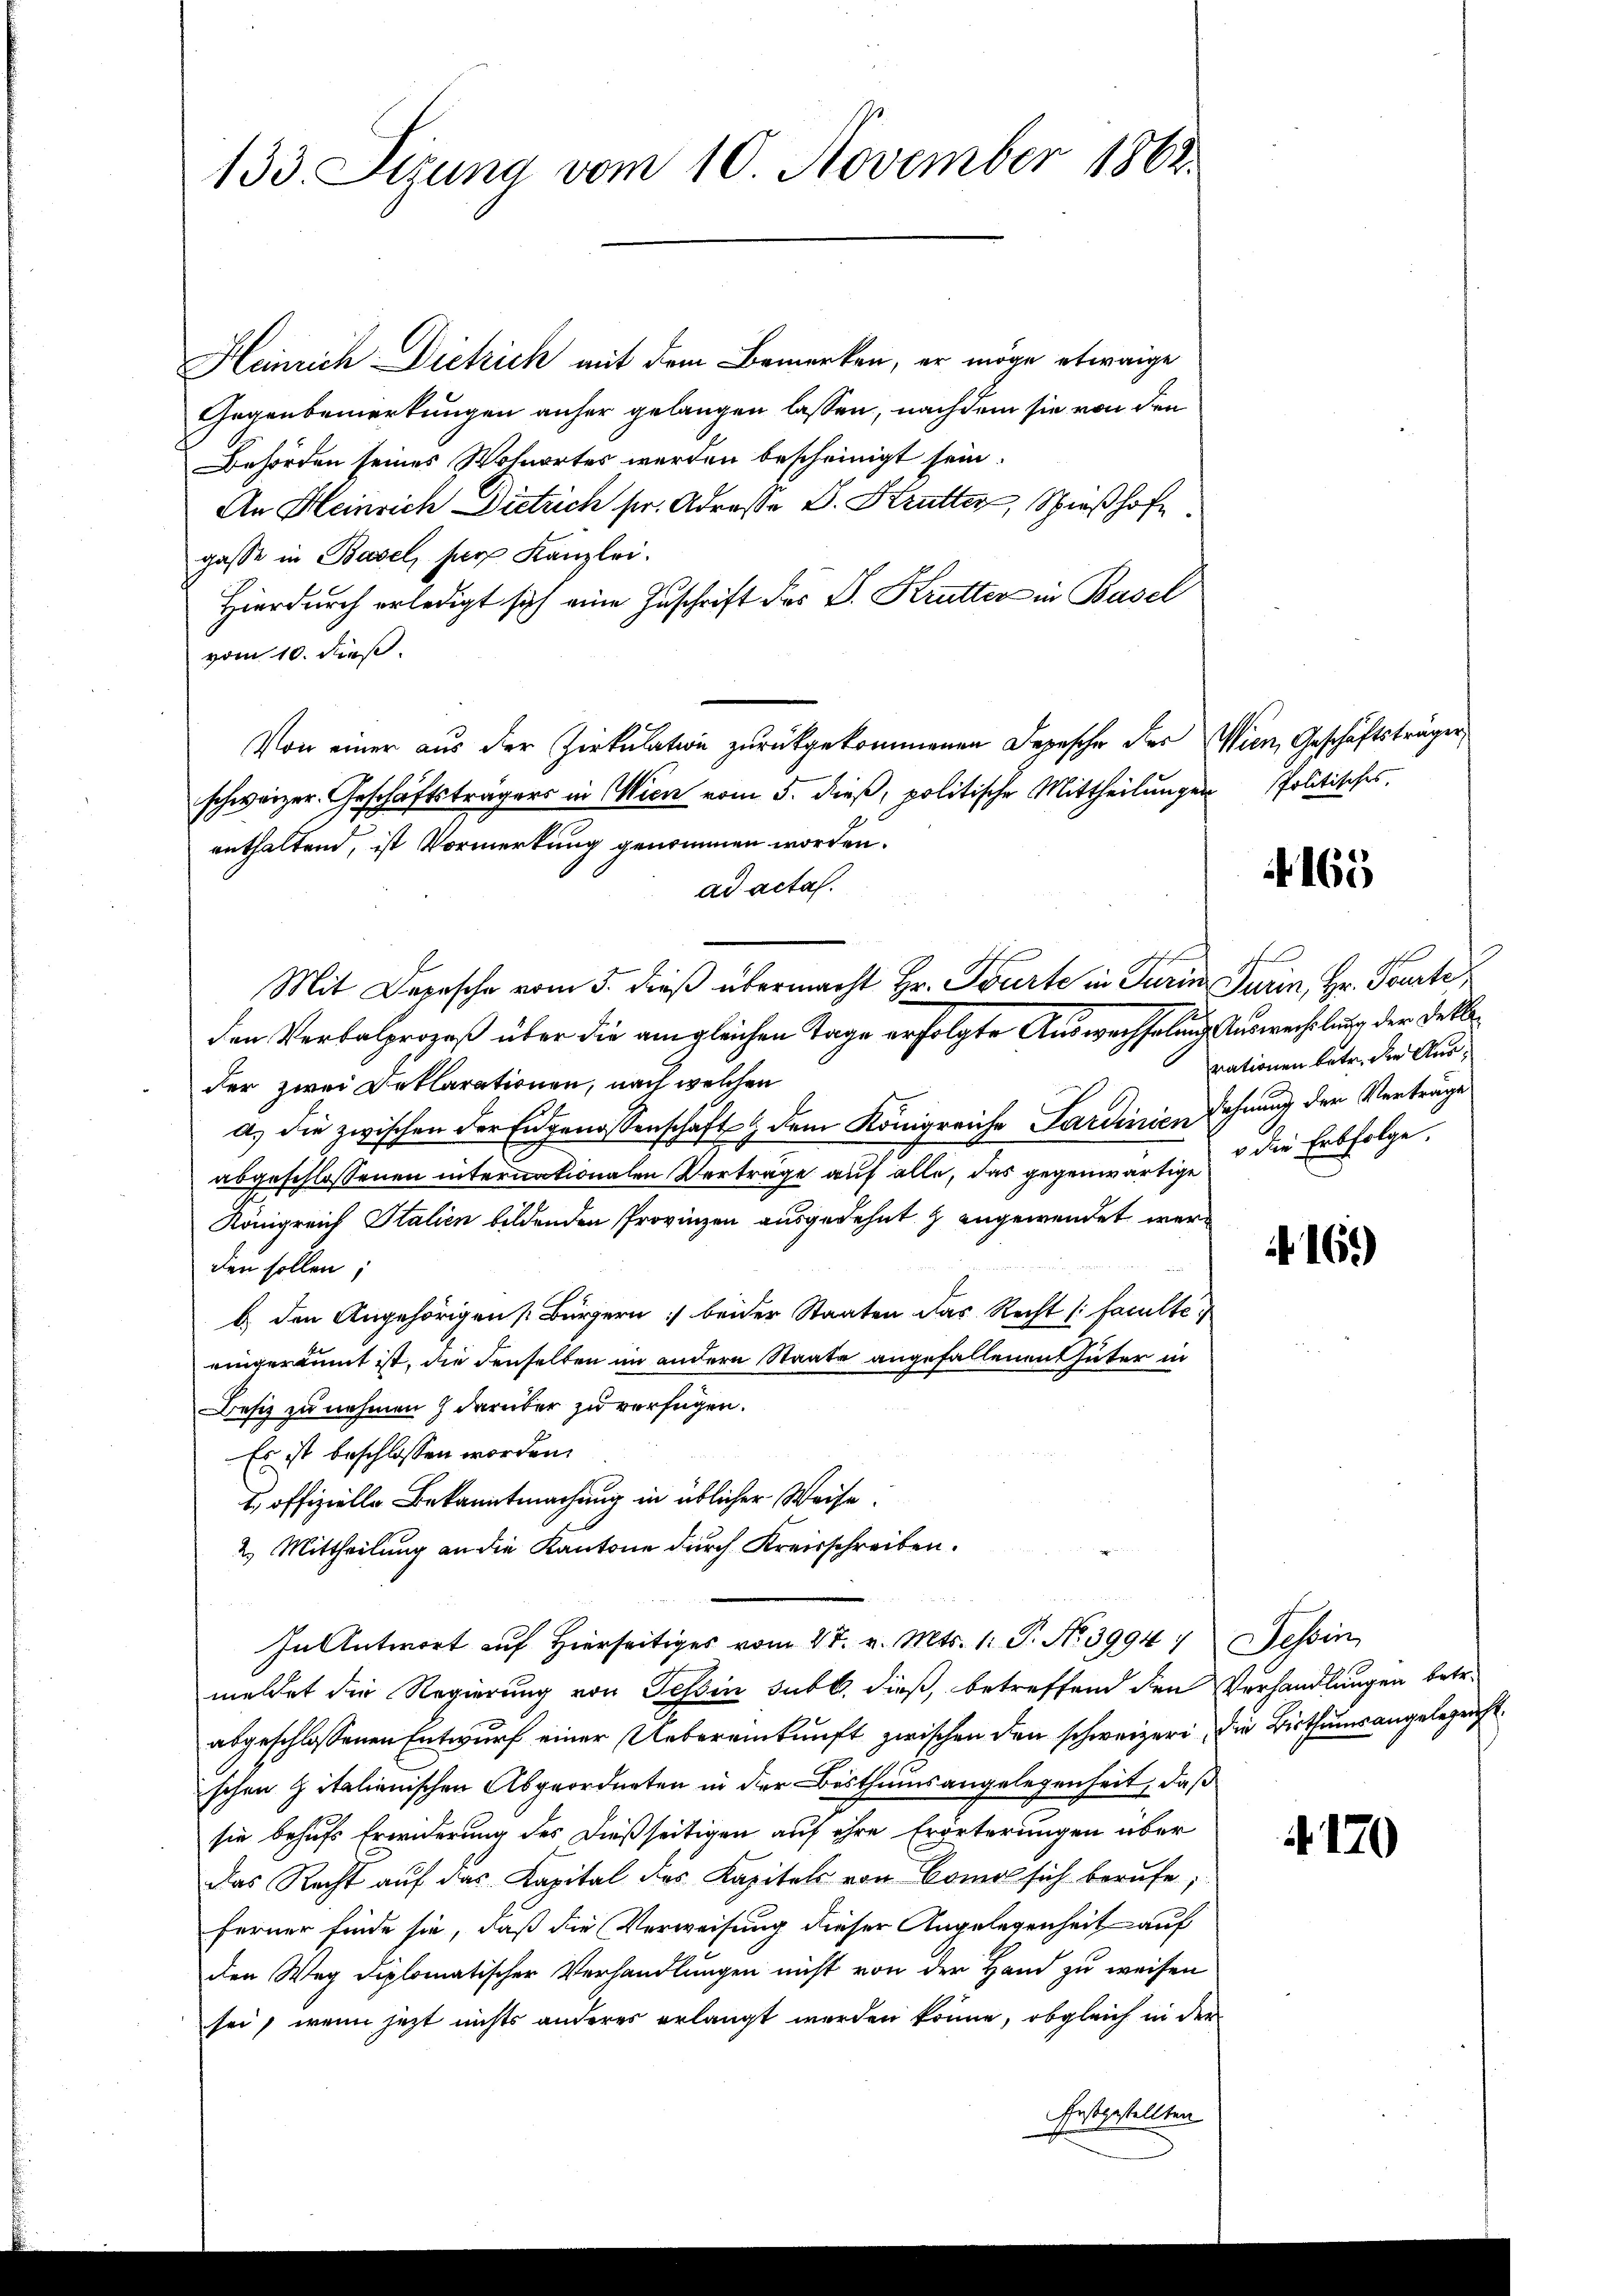
133. Sizung vom 10. November 1862.

Heinrich Dietrich mit dem Bemerken, er möge etwaige
Gegenbemerkungen anher gelangen lassen, nachdem sie von den
Behörden seines Wohnortes werden bescheinigt sein.
An Heinrich Dietrich sr. Adresse D. Krutter, Spießhofe
gasse in Basel, für Kanzlei.
Hierdurch erledigt sich eine Zuschrift des P. Krutter in Basel
vom 10. dieß.
Von einer aus der Zirkulation zurückgekommenen Depesche der Wien, Geschäftsträger
schweizer-Geschäftsträgers in Wien vom 5. dieß, politische Mittheilungen Politisches,
enthaltend, ist Vormerkung genommen worden.
ad actas.
Mit Depesche vom 5. dieß übermacht Hr. Tourte in Turin Turin, Hr. Parte
den Verbalprozeß über die am gleichen Tage erfolgte Auswechselung Auswechselung der Felle
der zwei Deklarationen, nach welchen
a) die zwischen der Eidgenossenschaft & dem Königreiche Sardinien Wohnung der Verträge
abgeschlossenen internationalen Verträge auf alle, das gegenwärtige
Königreich Italien bildenden Provinzen ausgedehnt & angewendet werden sollen;
b.) den Angehörigen Bürgern :/ beider Staaten das Recht faculte
eingeräumt ist, die denselben im andere Staate angefallenen Güter in
Besiz zu nehmen darüber zu verfügen.
Es ist beschlossen worden.
, offizielle Bekanntmachung in üblicher Weise.
2. Mittheilung an die Kantone durch Kreisschreiben.
In Antwort auf hierseitiges vom 27. v. Mts. 1. P. No 39947 essin
meldet die Regierung von Tessin sub b. dieß, betreffend den Verhandlungen betr.
abgeschlossenen Entwurf einer Uebereinkunft zwischen den schweizer die Bisthumsangelegung
schen Zitalienischen Abgeordneten in der Bisthumsangelegenheit, daß
sie behufs Erwiderung des dießseitigen auf ihre Erörterungen über
das Recht auf das Kapital des Kapitels von Como sich berufe;
ferner finde sie, daß die Verweisung dieser Angelegenheit auf
den Weg diplomatischer Verhandlungen nicht von der Hand zu weisen
sei, wenn jetzt nichts anderes erlangt werden könne, obgleich in der
festgestellten

165

rationen betr. die Ausv die Erbfolge.

169)

120